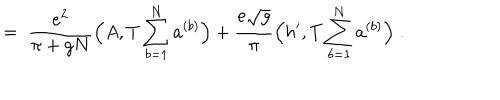
LaTeX: = \; \frac { e ^ { 2 } } { \pi + g N } \Big ( A , T \sum _ { b = 1 } ^ { N } a ^ { ( b ) } \Big ) + \frac { e \sqrt { g } } { \pi } \Big ( h ^ { \prime } , T \sum _ { b = 1 } ^ { N } a ^ { ( b ) } \Big ) \; .